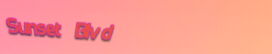
Sunset Blvd